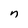
Character: n